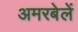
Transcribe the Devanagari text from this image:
अमरबेलें